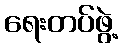
ရေးတပ်ဖွဲ့